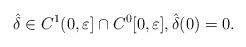
\begin{align*} \hat{\delta}\in C^1(0,\varepsilon]\cap C^0[0,\varepsilon],\hat{\delta}(0)=0.\end{align*}